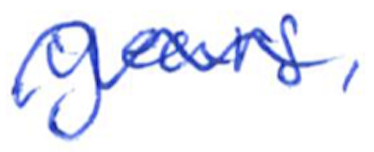
Text: years,
Cross-out: wave
Writing tool: ballpoint